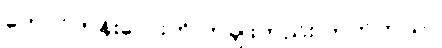
တောင်ကုန်းလေးကို တချိုးတည်း တက်တယ်။